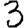
Digit: 3